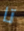
تا